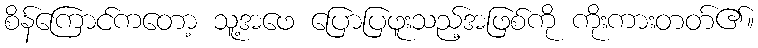
စိန်ကြောင်ကတော့ သူ့အဖေ ပြောပြဖူးသည့်အဖြစ်ကို ကိုးကားတတ်၏။